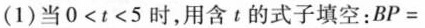
(1)当0<t<5时，用含t的式子填空：BP=